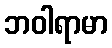
ဘဝါရာမာ